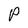
Character: P